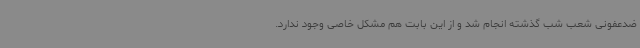
ضدعفونی شعب شب گذشته انجام شد و از این بابت هم مشکل خاصی وجود ندارد.